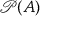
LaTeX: { \mathcal { P } } ( A )